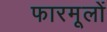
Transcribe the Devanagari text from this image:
फारमूलों